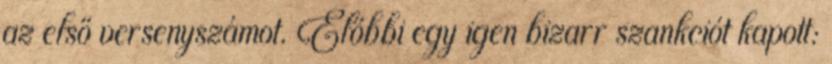
az első versenyszámot. Előbbi egy igen bizarr szankciót kapott: